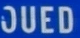
OUED